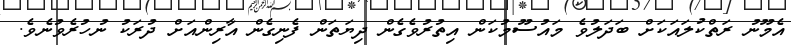
އެމޫނު ރަތްކުލައަކަށް ބަދަލުވެ މައުސޫމުކަން އިތުރުވެގެން ދިޔަތަން ފެނިގެން އާރިންއަށް ދުރަކު ނުހުރެވުނެވެ.